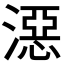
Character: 𣽏